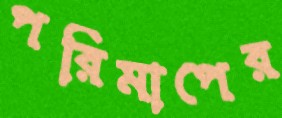
পরিমাপের